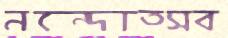
নন্দোত্সব